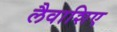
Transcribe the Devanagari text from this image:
लैवाशिए